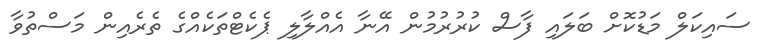
ސައިކަލް މަޑުކޮށް ބަލައި ފާސް ކުރުރުމުން އޭނާ އެއްލާލި ޕެކެޓްތަކެއްގެ ތެރެއިން މަސްތުވާ